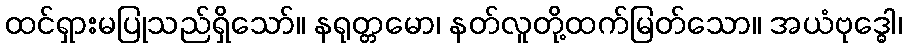
ထင်ရှားမပြုသည်ရှိသော်။ နရုတ္တမော၊ နတ်လူတို့ထက်မြတ်သော။ အယံဗုဒ္ဓေါ၊